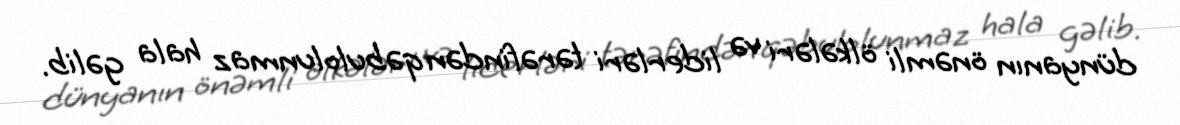
dünyanın önəmli ölkələri və liderləri tərəfindən qəbulolunmaz hala gəlib.